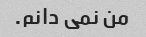
من نمی دانم.